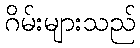
ဂိမ်းများသည်